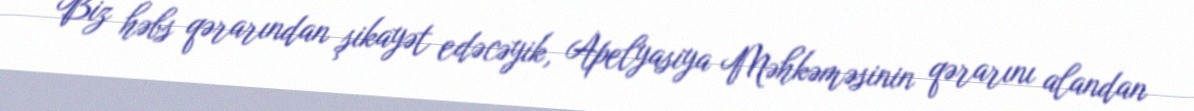
Biz həbs qərarından şikayət edəcəyik, Apelyasiya Məhkəməsinin qərarını alandan